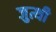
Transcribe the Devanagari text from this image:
जुत्थी